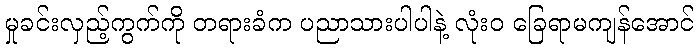
မှုခင်းလှည့်ကွက်ကို တရားခံက ပညာသားပါပါနဲ့ လုံးဝ ခြေရာမကျန်အောင်